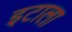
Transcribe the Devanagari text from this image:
इटाला